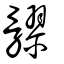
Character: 髎